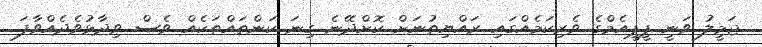
ޖަމީލު ވަނީ ޕީޕީއެމްގެ ވެރިކަމެއްގައި ރައްޔިތުނަށް ކޮށްދޭނެ ގިނަ ކަންތައްތަކެއް ވެސް ވިދާޅުވެދެއްވާފަ